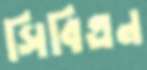
সিবিএন